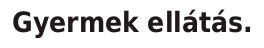
Gyermek ellátás.